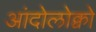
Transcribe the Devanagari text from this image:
आंदोलोक्वो